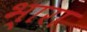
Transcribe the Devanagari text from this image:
भ्‍ारा